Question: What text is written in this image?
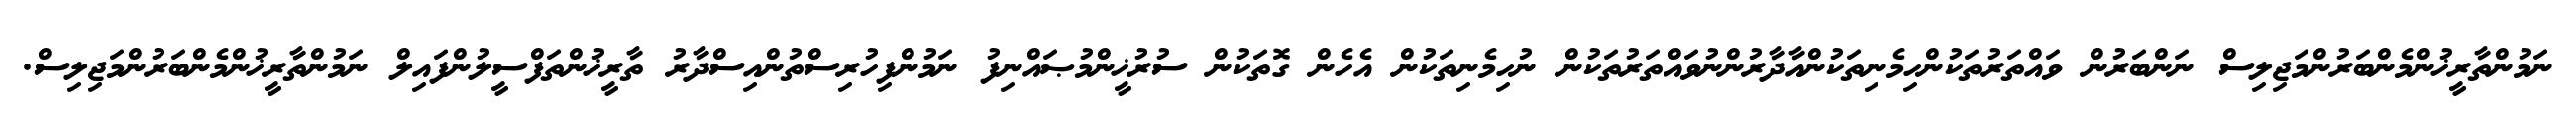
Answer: ނަމުންތާރީޚުންމެންބަރުންމަޖިލިސް ނަންބަރުން ވައްތަރުތަކުންހިމެނިތަކުންއާދާރުންނުވައްތަރުތަކުން ނުހިމެނިތަކުން އެހެން ގޮތަކުން ސުރުޚީންމުޞައްނިފު ނަމުންފިހުރިސްތުންއިސްދާރު ތާރީޚުންތަފްސީލުންފައިލް ނަމުންތާރީޚުންމެންބަރުންމަޖިލިސް.